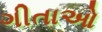
ગીતાઓ